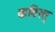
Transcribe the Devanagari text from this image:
कविस्तु